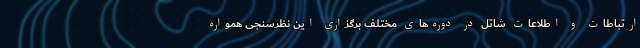
ارتباطات و اطلاعات شاتل در دوره‌های مختلف برگزاری این نظرسنجی همواره